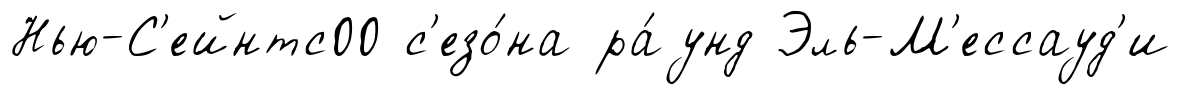
Нью-С'ейнтс00 с'езо́на ра́унд Эль-М'ессауд'и